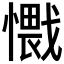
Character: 𰒕